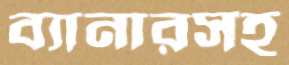
ব্যানারসহ